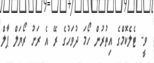
ވީ- ޓެލެކޮމްގެ އިތުރުން ހޯމަ ދުވަހުގެ ރޭ އެ ރަށު ރޯޔަލް ޕާލް